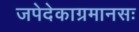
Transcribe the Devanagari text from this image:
जपेदेकाग्रमानसः